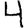
Digit: 4